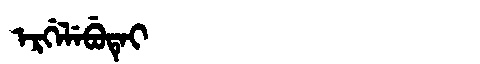
Manchu: ᡝᡵᡤᡝᠯᡝᠪᡠᡨᡝᡳ
Romanization: ERGELEBUTEI